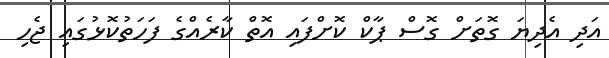
އަދި އެދިޔަ ގޮތަށް ގޮސް ޕާކް ކޮށްފައި އޮތް ކާރެއްގެ ފަހަތުކޮޅުގައި ޖެހި